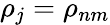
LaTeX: {\rho}_{j}={\rho}_{nm}